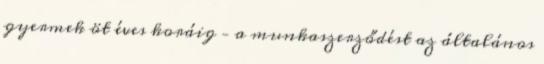
gyermek öt éves koráig – a munkaszerződést az általános